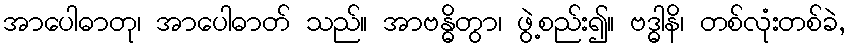
အာပေါဓာတု၊ အာပေါဓာတ် သည်။ အာဗန္ဓိတွာ၊ ဖွဲ့စည်း၍။ ဗဒ္ဓါနိ၊ တစ်လုံးတစ်ခဲ,